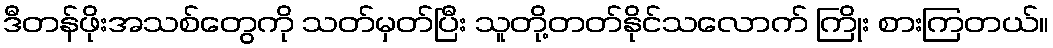
ဒီတန်ဖိုးအသစ်တွေကို သတ်မှတ်ပြီး သူတို့တတ်နိုင်သလောက် ကြိုး စားကြတယ်။